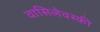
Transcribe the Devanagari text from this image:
वासिलेवस्की